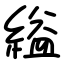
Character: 縊